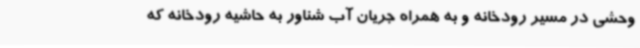
وحشی در مسیر رودخانه و به همراه جریان آب شناور به حاشیه رودخانه که